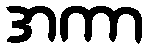
အကာ